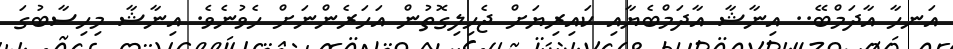
އަނހާ އާދަމްބޭ.. އިނާޝާ އާދަމްބެޔާއި ކައިރިޔަށް ޖެހިލިގޮތުން އަހަރެންނަށް ހެވުނެވެ. އިނާޝާ މިހިސާބުގަ